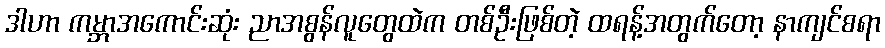
ဒါဟာ ကမ္ဘာအကောင်းဆုံး ညာအစွန်လူတွေထဲက တစ်ဦးဖြစ်တဲ့ ထရန့်အတွက်တော့ နာကျင်စရာ